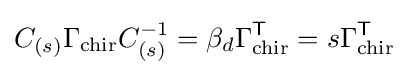
C_{(s)}\Gamma _{\text{chir}}C_{(s)}^{-1}=\beta _{d}\Gamma _{\text{chir}}^{\textsf {T}}=s\Gamma _{\text{chir}}^{\textsf {T}}~